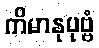
ကိမာနုပုဗ္ဗံ